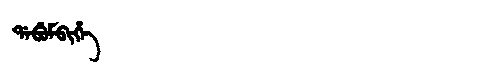
Manchu: ᡩᠠᠪᡠᠮᠪᡳᡥᡝ
Romanization: DABUMBIHE